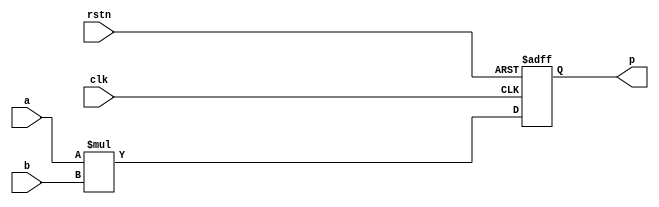
`timescale 1ns/10ps

module mult64x64_check_s(clk, rstn, a, b, p);
input         clk, rstn;
input  signed [63:0] a, b;
output signed [127:0] p;

wire [127:0] p_w;
assign p_w = a * b;

reg [127:0] p;
always@(posedge clk or negedge rstn)
	if(!rstn) p <= 0;
	else      p <= p_w;

endmodule